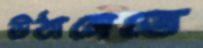
উঠানেতে